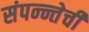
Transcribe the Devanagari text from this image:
संपन्न्तेची